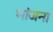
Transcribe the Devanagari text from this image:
भांजना